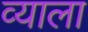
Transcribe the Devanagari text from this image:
व्याला